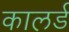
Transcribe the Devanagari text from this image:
कालर्ड